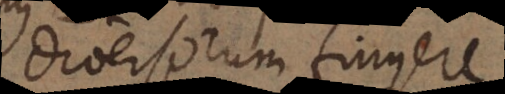
diversorum fingere,